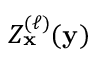
Z _ { \mathbf { x } } ^ { ( \ell ) } ( { \mathbf { y } } )